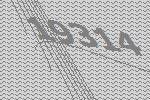
19314